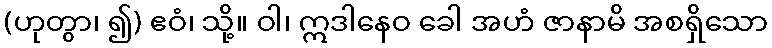
(ဟုတွာ၊ ၍) ဧဝံ၊ သို့။ ဝါ၊ ဣဒါနေဝ ခေါ အဟံ ဇာနာမိ အစရှိသော